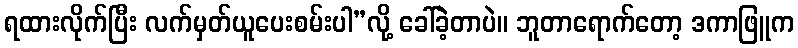
ရထားလိုက်ပြီး လက်မှတ်ယူပေးစမ်းပါ”လို့ ခေါ်ခဲ့တာပဲ။ ဘူတာရောက်တော့ ဒကာဖြူက